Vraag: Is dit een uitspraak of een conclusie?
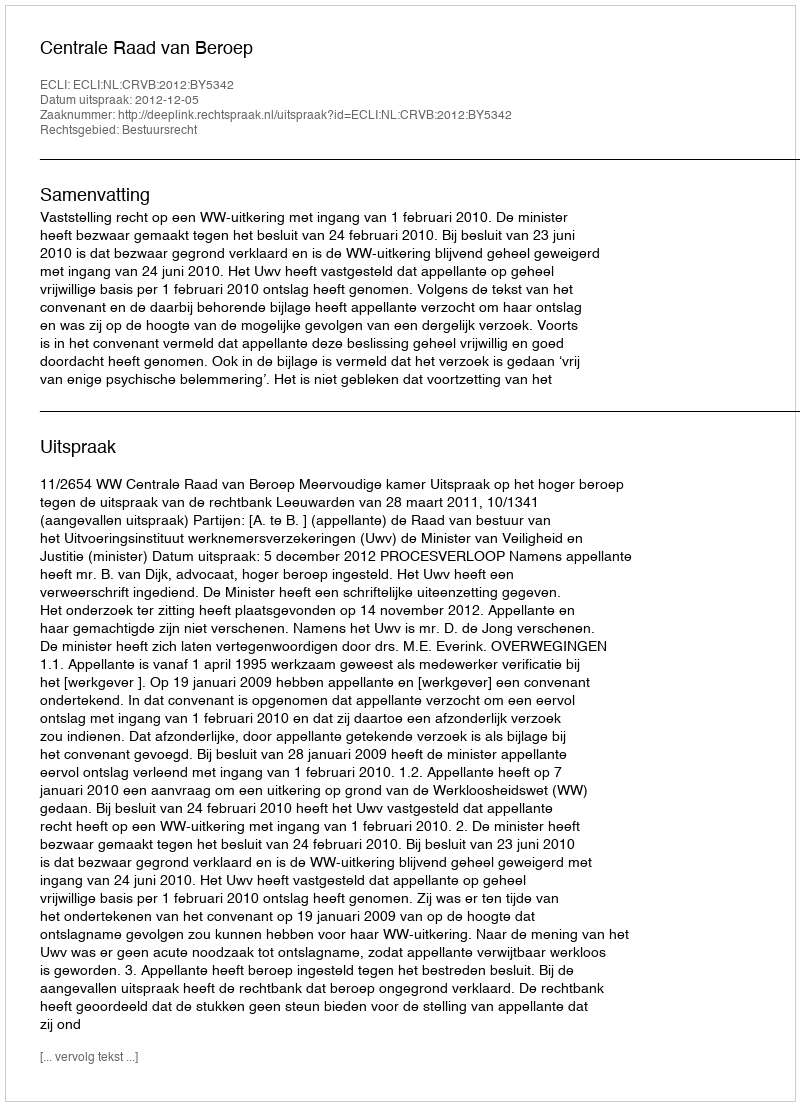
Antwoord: Uitspraak